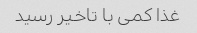
غذا کمی با تاخیر رسید